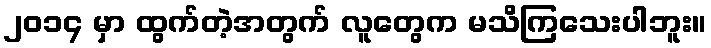
၂၀၁၄ မှာ ထွက်တဲ့အတွက် လူတွေက မသိကြသေးပါဘူး။